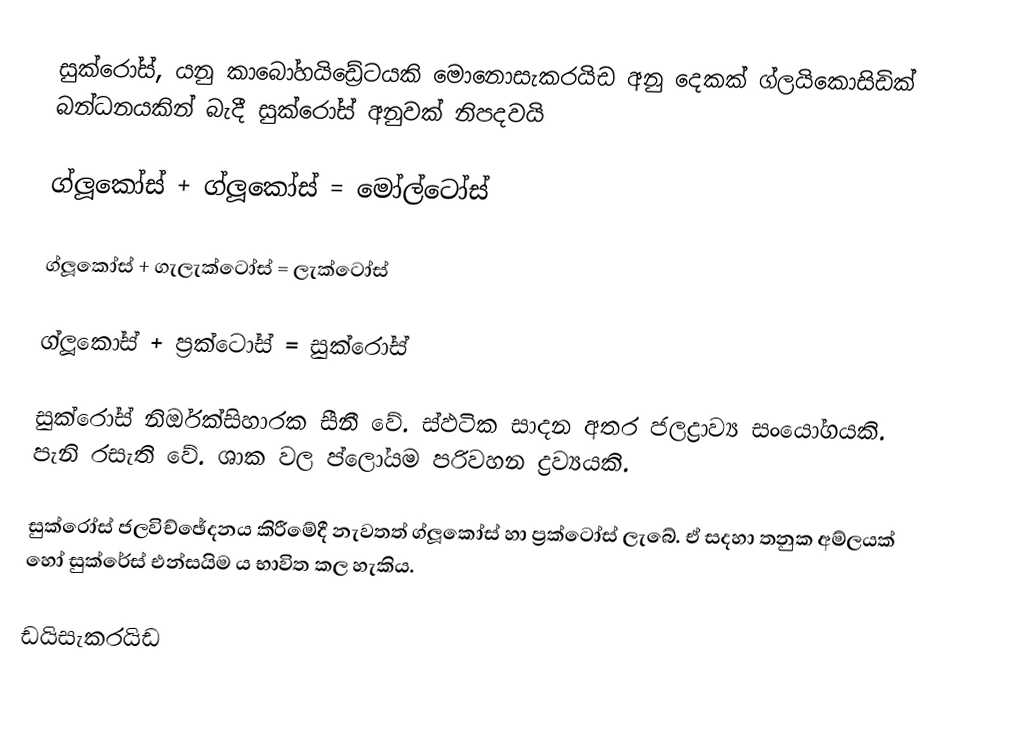
සුක්රෝස්, යනු කාබෝහයිඩ්‍රේටයකි මොනොසැකරයිඩ අනු දෙකක් ග්ලයිකොසිඩික් බන්ධනයකින් බැදී සුක්රෝස් අනුවක් නිපදවයි

 ග්ලූකෝස් + ග්ලූකෝස් = මෝල්ටෝස්

 ග්ලූකෝස් + ගැලැක්ටෝස් = ලැක්ටෝස්

 ග්ලූකෝස් + ප්‍රක්ටෝස් = සුක්රෝස්

සුක්රෝස් නිර්ඔක්සිහාරක සීනී වේ. ස්ඵටික සාදන අතර ජලද්‍රාව්‍ය සංයෝගයකි. පැනි රසැති වේ. ශාක වල ප්ලෝයම පරිවහන ද්‍රව්‍යයකි.

සුක්රෝස් ජලවිච්ඡේදනය කිරීමේදී නැවතත් ග්ලූකෝස් හා ප්‍රක්ටෝස් ලැබේ. ඒ සදහා තනුක අම්ලයක් හෝ සුක්රේස් එන්සයිම ය භාවිත කල හැකිය.

ඩයිසැකරයිඩ